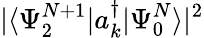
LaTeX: |\langle\Psi_{2}^{N+1}|a_{k}^{\dagger}|\Psi_{0}^{N}\rangle|^{2}